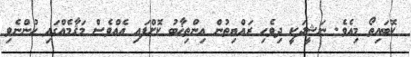
ކޮބައިތޯ މިއެވެ. ނަޝީދަކީ ދިވެހި ރައްޔިތުން އިންތިޚާބު ކޮށްފައި އެއްވެސް މަޤާމެއްގައި ހުންނެވި